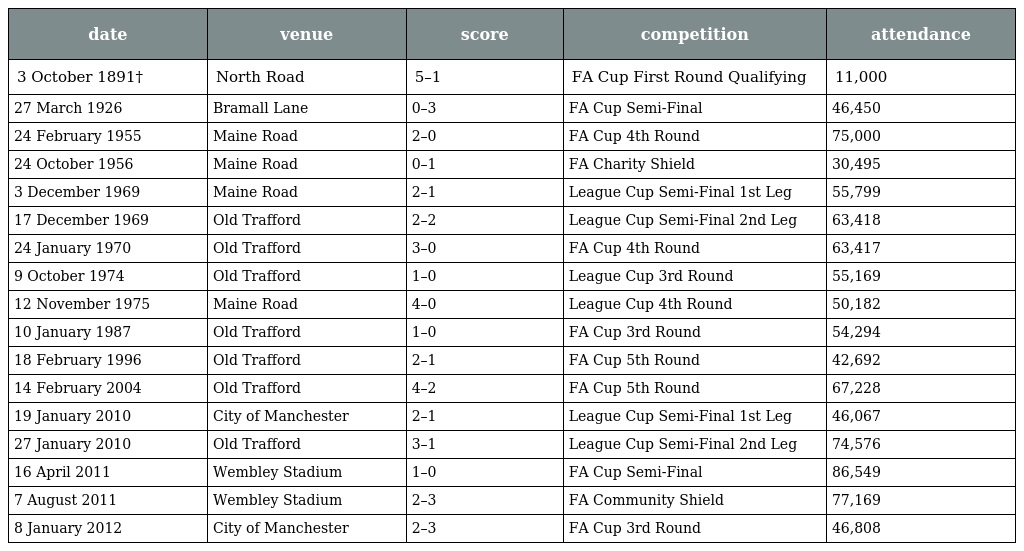
| date | venue | score | competition | attendance |
 | --- | --- | --- | --- | --- |
 | 3 October 1891† | North Road | 5–1 | FA Cup First Round Qualifying | 11,000 |
 | 27 March 1926 | Bramall Lane | 0–3 | FA Cup Semi-Final | 46,450 |
 | 24 February 1955 | Maine Road | 2–0 | FA Cup 4th Round | 75,000 |
 | 24 October 1956 | Maine Road | 0–1 | FA Charity Shield | 30,495 |
 | 3 December 1969 | Maine Road | 2–1 | League Cup Semi-Final 1st Leg | 55,799 |
 | 17 December 1969 | Old Trafford | 2–2 | League Cup Semi-Final 2nd Leg | 63,418 |
 | 24 January 1970 | Old Trafford | 3–0 | FA Cup 4th Round | 63,417 |
 | 9 October 1974 | Old Trafford | 1–0 | League Cup 3rd Round | 55,169 |
 | 12 November 1975 | Maine Road | 4–0 | League Cup 4th Round | 50,182 |
 | 10 January 1987 | Old Trafford | 1–0 | FA Cup 3rd Round | 54,294 |
 | 18 February 1996 | Old Trafford | 2–1 | FA Cup 5th Round | 42,692 |
 | 14 February 2004 | Old Trafford | 4–2 | FA Cup 5th Round | 67,228 |
 | 19 January 2010 | City of Manchester | 2–1 | League Cup Semi-Final 1st Leg | 46,067 |
 | 27 January 2010 | Old Trafford | 3–1 | League Cup Semi-Final 2nd Leg | 74,576 |
 | 16 April 2011 | Wembley Stadium | 1–0 | FA Cup Semi-Final | 86,549 |
 | 7 August 2011 | Wembley Stadium | 2–3 | FA Community Shield | 77,169 |
 | 8 January 2012 | City of Manchester | 2–3 | FA Cup 3rd Round | 46,808 |